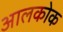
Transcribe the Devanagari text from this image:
आलकोक